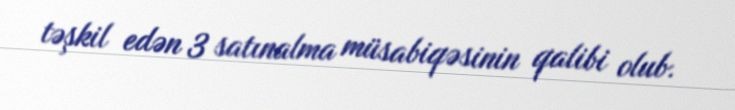
təşkil edən 3 satınalma müsabiqəsinin qalibi olub.